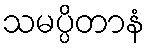
သမပ္ပိတာနံ